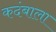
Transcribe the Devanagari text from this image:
कदंबाला